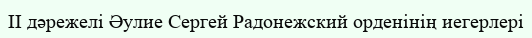
II дәрежелі Әулие Сергей Радонежский орденінің иегерлері